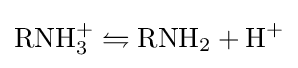
\mathrm {RNH_{3}^{+}\leftrightharpoons RNH_{2}+H^{+}}